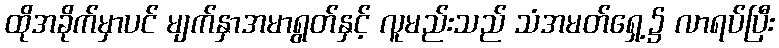
ထိုအခိုက်မှာပင် မျက်နှာအမာရွတ်နှင့် လူမည်းသည် သံအမတ်ရှေ့၌ လာရပ်ပြီး